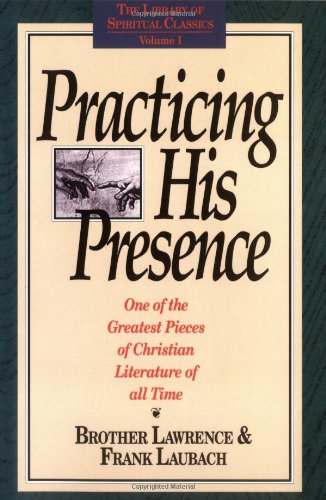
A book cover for Practicing His Presence (The Library of Spiritual Classics, Volume 1); Brother Lawrence; Religion & Spirituality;